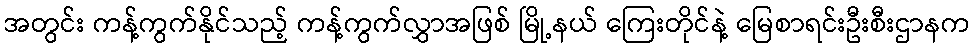
အတွင်း ကန့်ကွက်နိုင်သည့် ကန့်ကွက်လွှာအဖြစ် မြို့နယ် ကြေးတိုင်နဲ့ မြေစာရင်းဦးစီးဌာနက